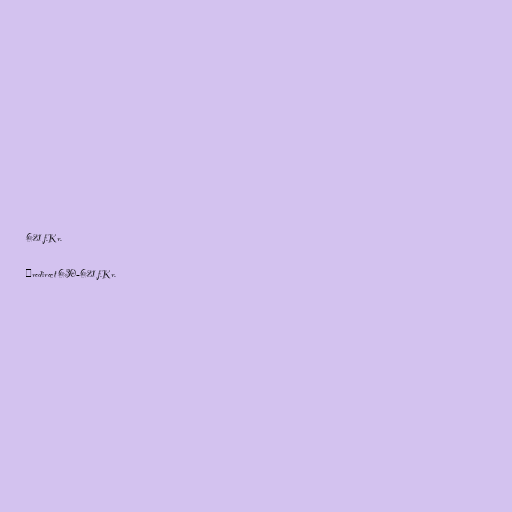
621 f.Kr.

#redirect 630–621 f.Kr.